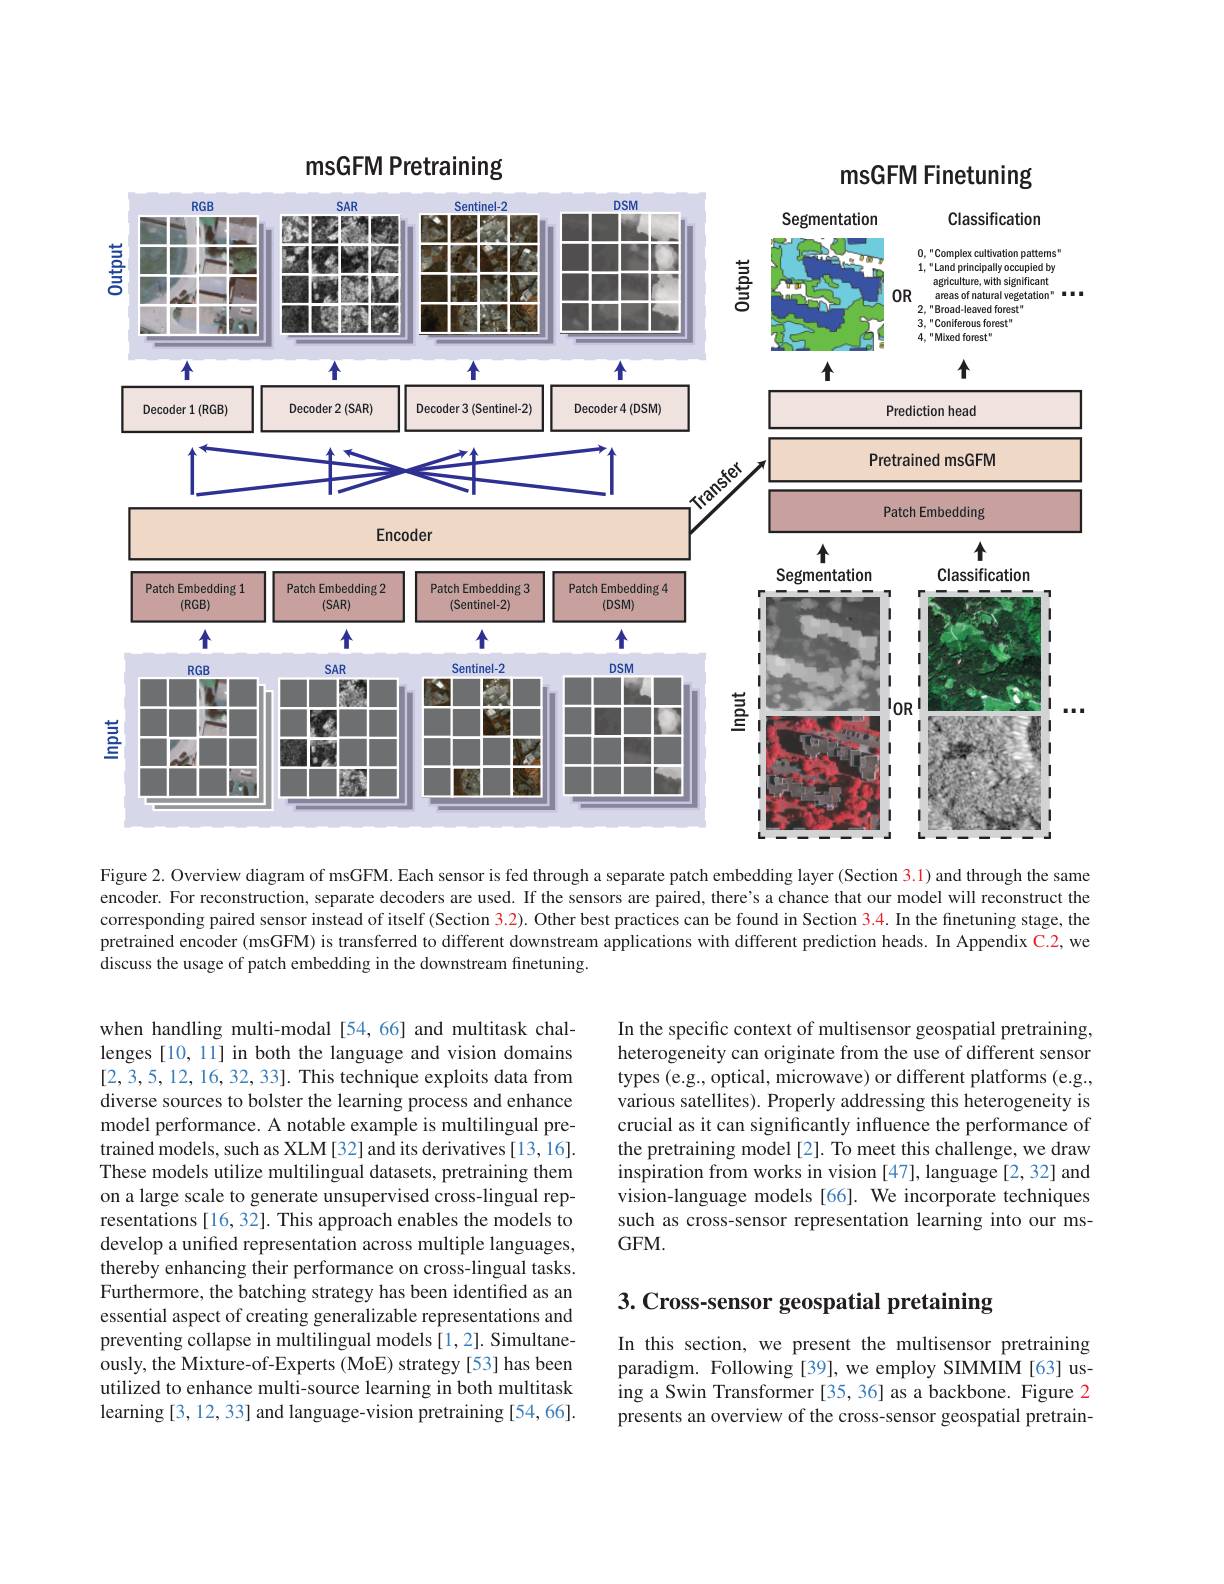
msGFM Pretraining
<FigureHere>

Figure 2. Overview diagram of msGFM. Each sensor is fed through a separate patch embedding layer (Section 3.1) and through the same encoder. For reconstruction, separate decoders are used. If the sensors are paired, there's a chance that our model will reconstruct the corresponding paired sensor instead of itself (Section 3.2). Other best practices can be found in Section 3.4. In the finetuning stage, the pretrained encoder (msGFM) is transferred to different downstream applications with different prediction heads. In Appendix C.2, we discuss the usage of patch embedding in the downstream finetuning.

In the specific context of multisensor geospatial pretraining, heterogeneity can originate from the use of different sensor types (e.g., optical, microwave) or different platforms (e.g., various satellites). Properly addressing this heterogeneity is crucial as it can significantly influence the performance of the pretraining model[2]. To meet this challenge, we draw inspiration from works in vision [47], language [2,32] and vision-language models [66]. We incorporate techniques such as cross-sensor representation learning into our msGFM.

when handling multi-modal[54,66] and multitask challenges [10, 11] in both the language and vision domains [2,3,5,12,16,32,33]. This technique exploits data from diverse sources to bolster the learning process and enhance model performance. A notable example is multilingual pretrained models, such as XLM[32] and its derivatives[13,16]. These models utilize multilingual datasets, pretraining them on a large scale to generate unsupervised cross-lingual representations [16, 32]. This approach enables the models to develop a unified representation across multiple languages, thereby enhancing their performance on cross-lingual tasks. Furthermore, the batching strategy has been identified as an essential aspect of creating generalizable representations and preventing collapse in multilingual models [1,2]. Simultaneously, the Mixture-of-Experts (MoE) strategy [53] has been utilized to enhance multi-source learning in both multitask learning [3,12,33] and language-vision pretraining [54,66].

3. Cross-sensor geospatial pretaining

In this section, we present the multisensor pretraining paradigm. Following[39], we employ SIMMIM[63] using a Swin Transformer [35, 36] as a backbone. Figure 2 presents an overview of the cross-sensor geospatial pretrain-